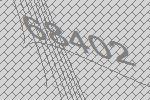
68402